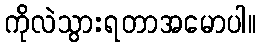
ကိုလဲသွားရတာအမောပါ။